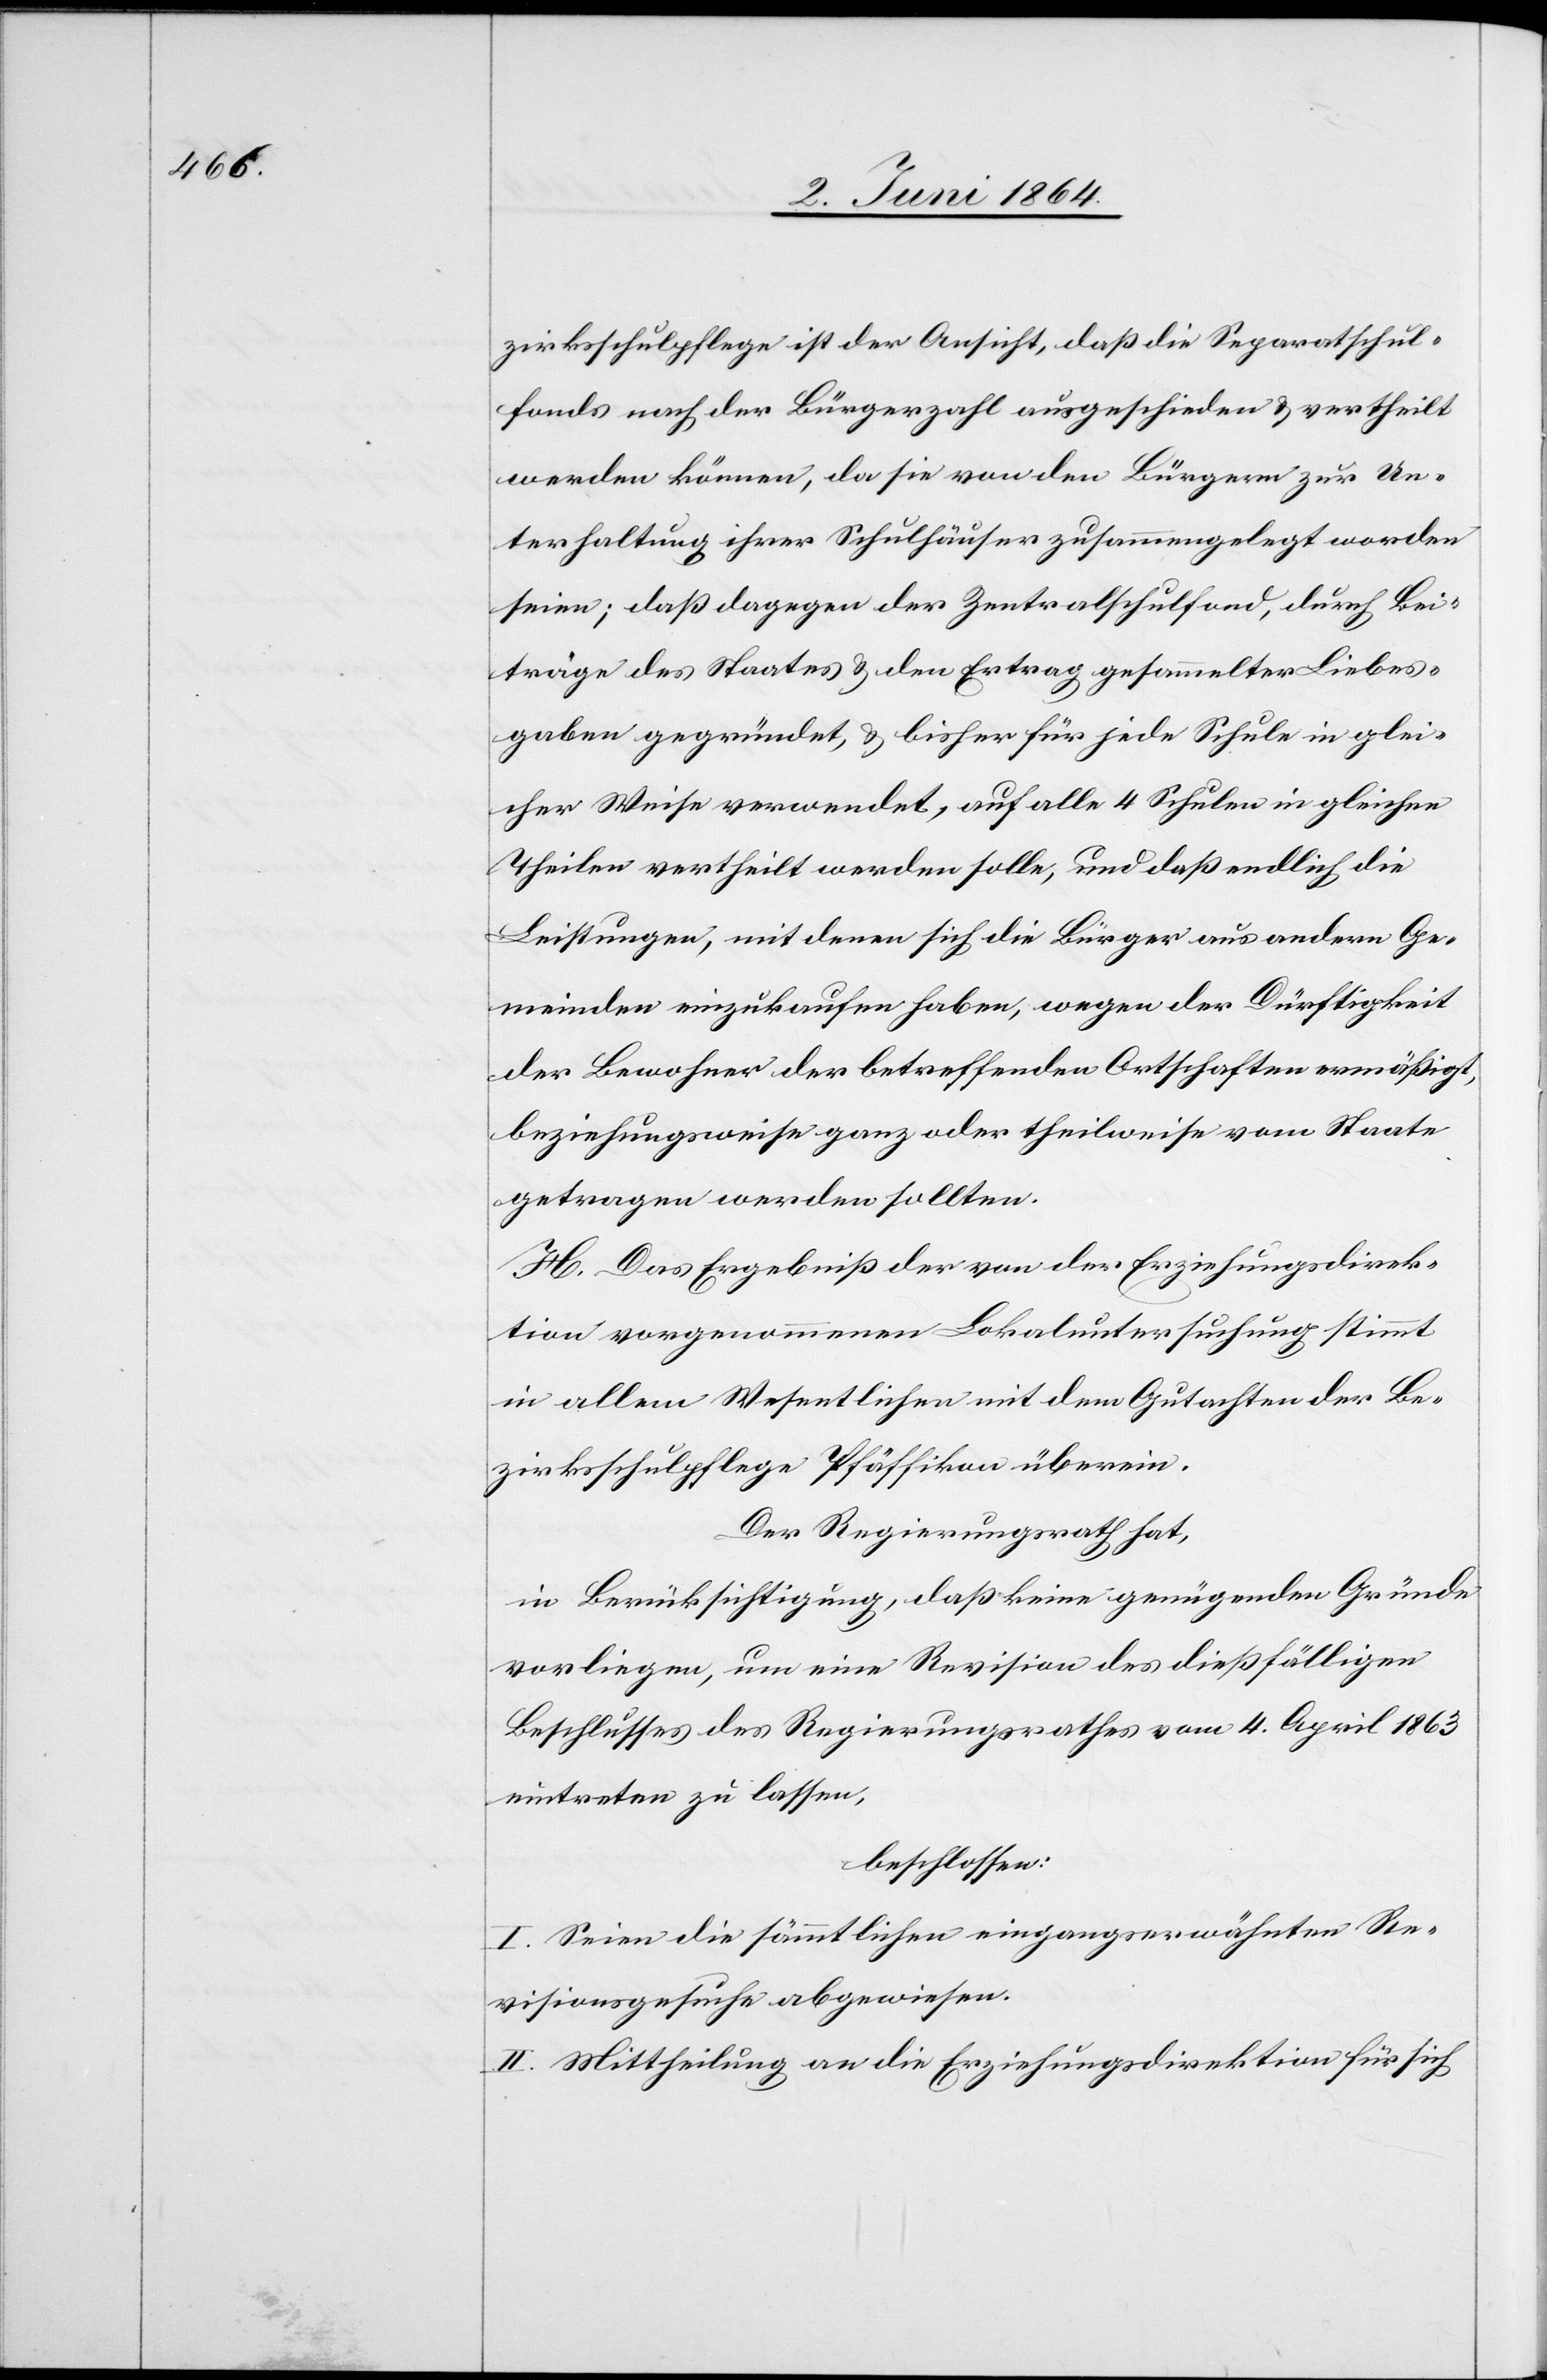
zirksschulpflege ist der Ansicht, daß die Separatschul¬
fonds nach der Bürgerzahl ausgeschieden u. vertheilt
werden können, da sie von den Bürgern zur Un¬
terhaltung ihrer Schulhäuser zusammengelegt worden
seien; daß dagegen der Zentralschulfond, durch Bei¬
träge des Staates u. den Ertrag gesammelter Liebes¬
gaben gegründet, u. bisher für jede Schule in glei¬
cher Weise verwendet, auf alle 4 Schulen in gleichen
Theilen vertheilt werden solle, und daß endlich die
Leistungen, mit denen sich die Bürger aus andern Ge¬
meinden einzukaufen haben, wegen der Dürftigkeit
der Bewohner der betreffenden Ortschaften ermäßigt,
beziehungsweise ganz oder theilweise vom Staate
getragen werden sollten.
H. Das Ergebniß der von der Erziehungsdirek¬
tion vorgenommenen Lokaluntersuchung stimmt
in allem Wesentlichen mit dem Gutachten der Be¬
zirksschulpflege Pfäffikon überein.
Der Regierungsrath hat,
in Berücksichtigung, daß keine genügenden Gründe
vorliegen, um eine Revision des dießfälligen
Beschlusses des Regierungsrathes vom 4. April 1863
eintreten zu lassen,
beschlossen:
I. Seien die sämmtlichen eingangserwähnten Re¬
visionsgesuche abgewiesen.
II. Mittheilung an die Erziehungsdirektion für sich